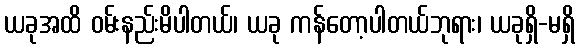
ယခုအထိ ဝမ်းနည်းမိပါတယ်၊ ယခု ကန်တော့ပါတယ်ဘုရား၊ ယခုရှိ-မရှိ